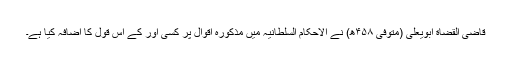
قاضی القضاة ابویعلی (متوفی ۴۵۸ھ) نے الاحکام السلطانیہ میں مذکورہ اقوال پر کسی اور کے اس قول کا اضافہ کیا ہے۔